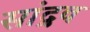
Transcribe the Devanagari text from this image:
सांद्रव